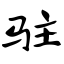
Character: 驻